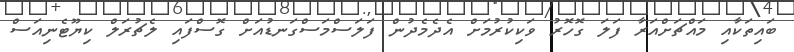
ބައިތަކާއި މައްޗަށްއަރާ ފަލަ ގޮހޮރު ވަކިކުރުމަށް އެދެމެދުން ފަލަސްމަސްގަނޑުއަށް ގޮސްފައި ލެޗުރަލް ކިޔޫޓެނިއަސް